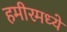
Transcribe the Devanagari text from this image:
हमीरमध्ये